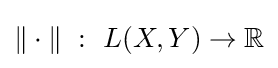
\|\cdot \|~:~L(X,Y)\to \mathbb {R}